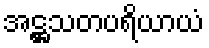
အဋ္ဌသတပရိယာယံ